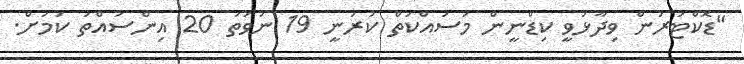
"ޑޮކްޓަރުން ވިދާޅުވީ ކިޑްނީން މަސައްކަތް ކުރަނީ 19 ނުވަތަ 20 އިންސައްތަ ކަމަށް.